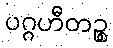
ပဂ္ဂဟီတဉ္စ